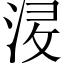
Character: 𱦯